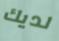
لديك